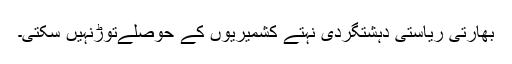
بھارتی ریاستی دہشتگردی نہتے کشمیریوں کے حوصلےتوڑنہیں سکتی۔